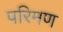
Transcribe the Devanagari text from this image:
परिमण